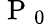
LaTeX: \mathrm{~P~}_{0}